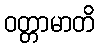
ဝတ္တာမာတိ